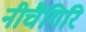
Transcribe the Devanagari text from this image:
नीचैगिरि